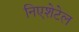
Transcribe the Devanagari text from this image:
निएशेटेल